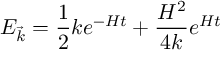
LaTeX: E _ { \vec { k } } = \frac 1 2 k e ^ { - H t } + { \frac { H ^ { 2 } } { 4 k } } e ^ { H t }